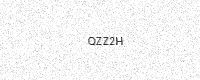
Text: QZZ2H